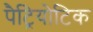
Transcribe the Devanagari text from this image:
पैट्रियोटिक